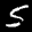
Label: 5